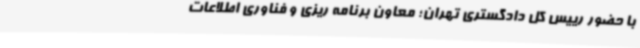
با حضور رییس کل دادگستری تهران؛ معاون برنامه ریزی و فناوری اطلاعات